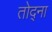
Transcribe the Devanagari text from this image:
तोद्ना